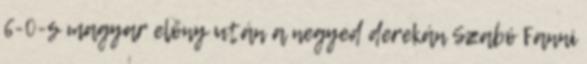
6-0-s magyar előny után a negyed derekán Szabó Fanni